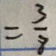
= \frac { 3 } { 8 }